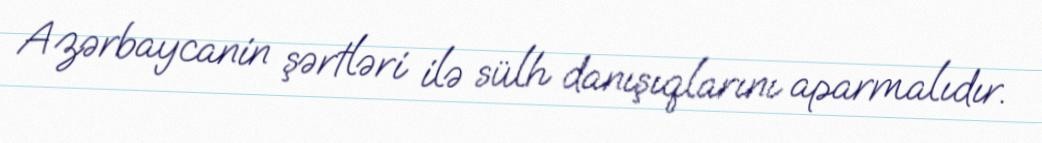
Azərbaycanin şərtləri ilə sülh danışıqlarını aparmalıdır.